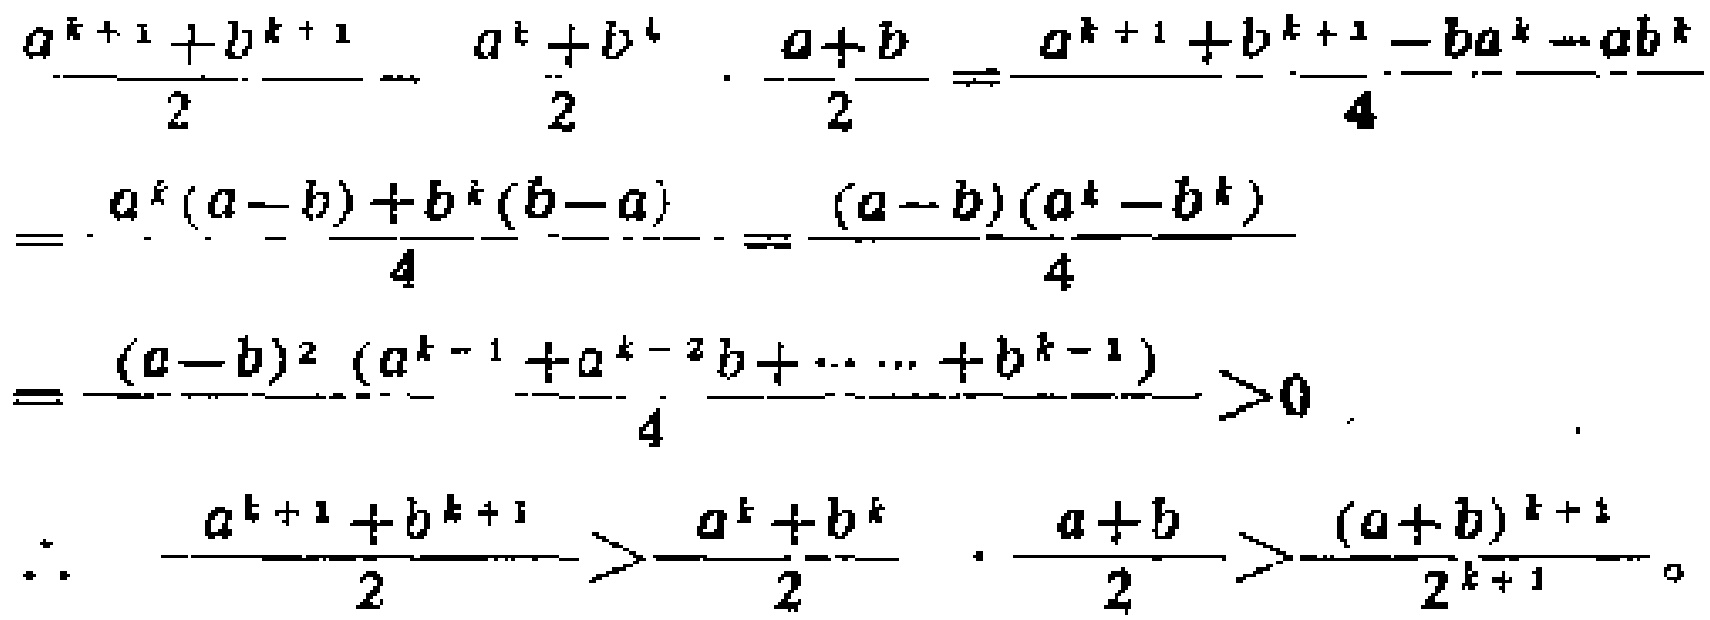
\[
\begin{align*}
&\frac{a^{k + 1}+b^{k + 1}}{2}-\frac{a^{k}+b^{k}}{2}\cdot\frac{a + b}{2}=\frac{a^{k + 1}+b^{k + 1}-ba^{k}-ab^{k}}{4}\\
=&\frac{a^{k}(a - b)+b^{k}(b - a)}{4}=\frac{(a - b)(a^{k}-b^{k})}{4}\\
=&\frac{(a - b)^{2}(a^{k - 1}+a^{k - 2}b+\cdots +b^{k - 1})}{4}>0\\
\therefore\ &\frac{a^{k + 1}+b^{k + 1}}{2}>\frac{a^{k}+b^{k}}{2}\cdot\frac{a + b}{2}>\frac{(a + b)^{k + 1}}{2^{k + 1}}
\end{align*}
\]